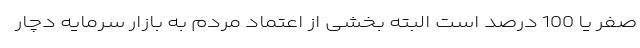
صفر یا 100 درصد است البته بخشی از اعتماد مردم به بازار سرمایه دچار